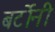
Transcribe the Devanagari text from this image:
बर्टोनी